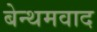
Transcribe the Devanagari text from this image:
बेन्थमवाद